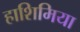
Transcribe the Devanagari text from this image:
हाशिमिया